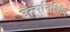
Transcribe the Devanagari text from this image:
उत्त्पत्तिविधि